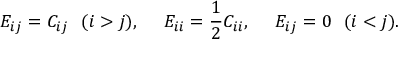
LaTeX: E _ { i j } = C _ { i j } \ \ ( i > j ) , \ \ \ \ E _ { i i } = { \frac { 1 } { 2 } } C _ { i i } , \ \ \ \ E _ { i j } = 0 \ \ ( i < j ) .